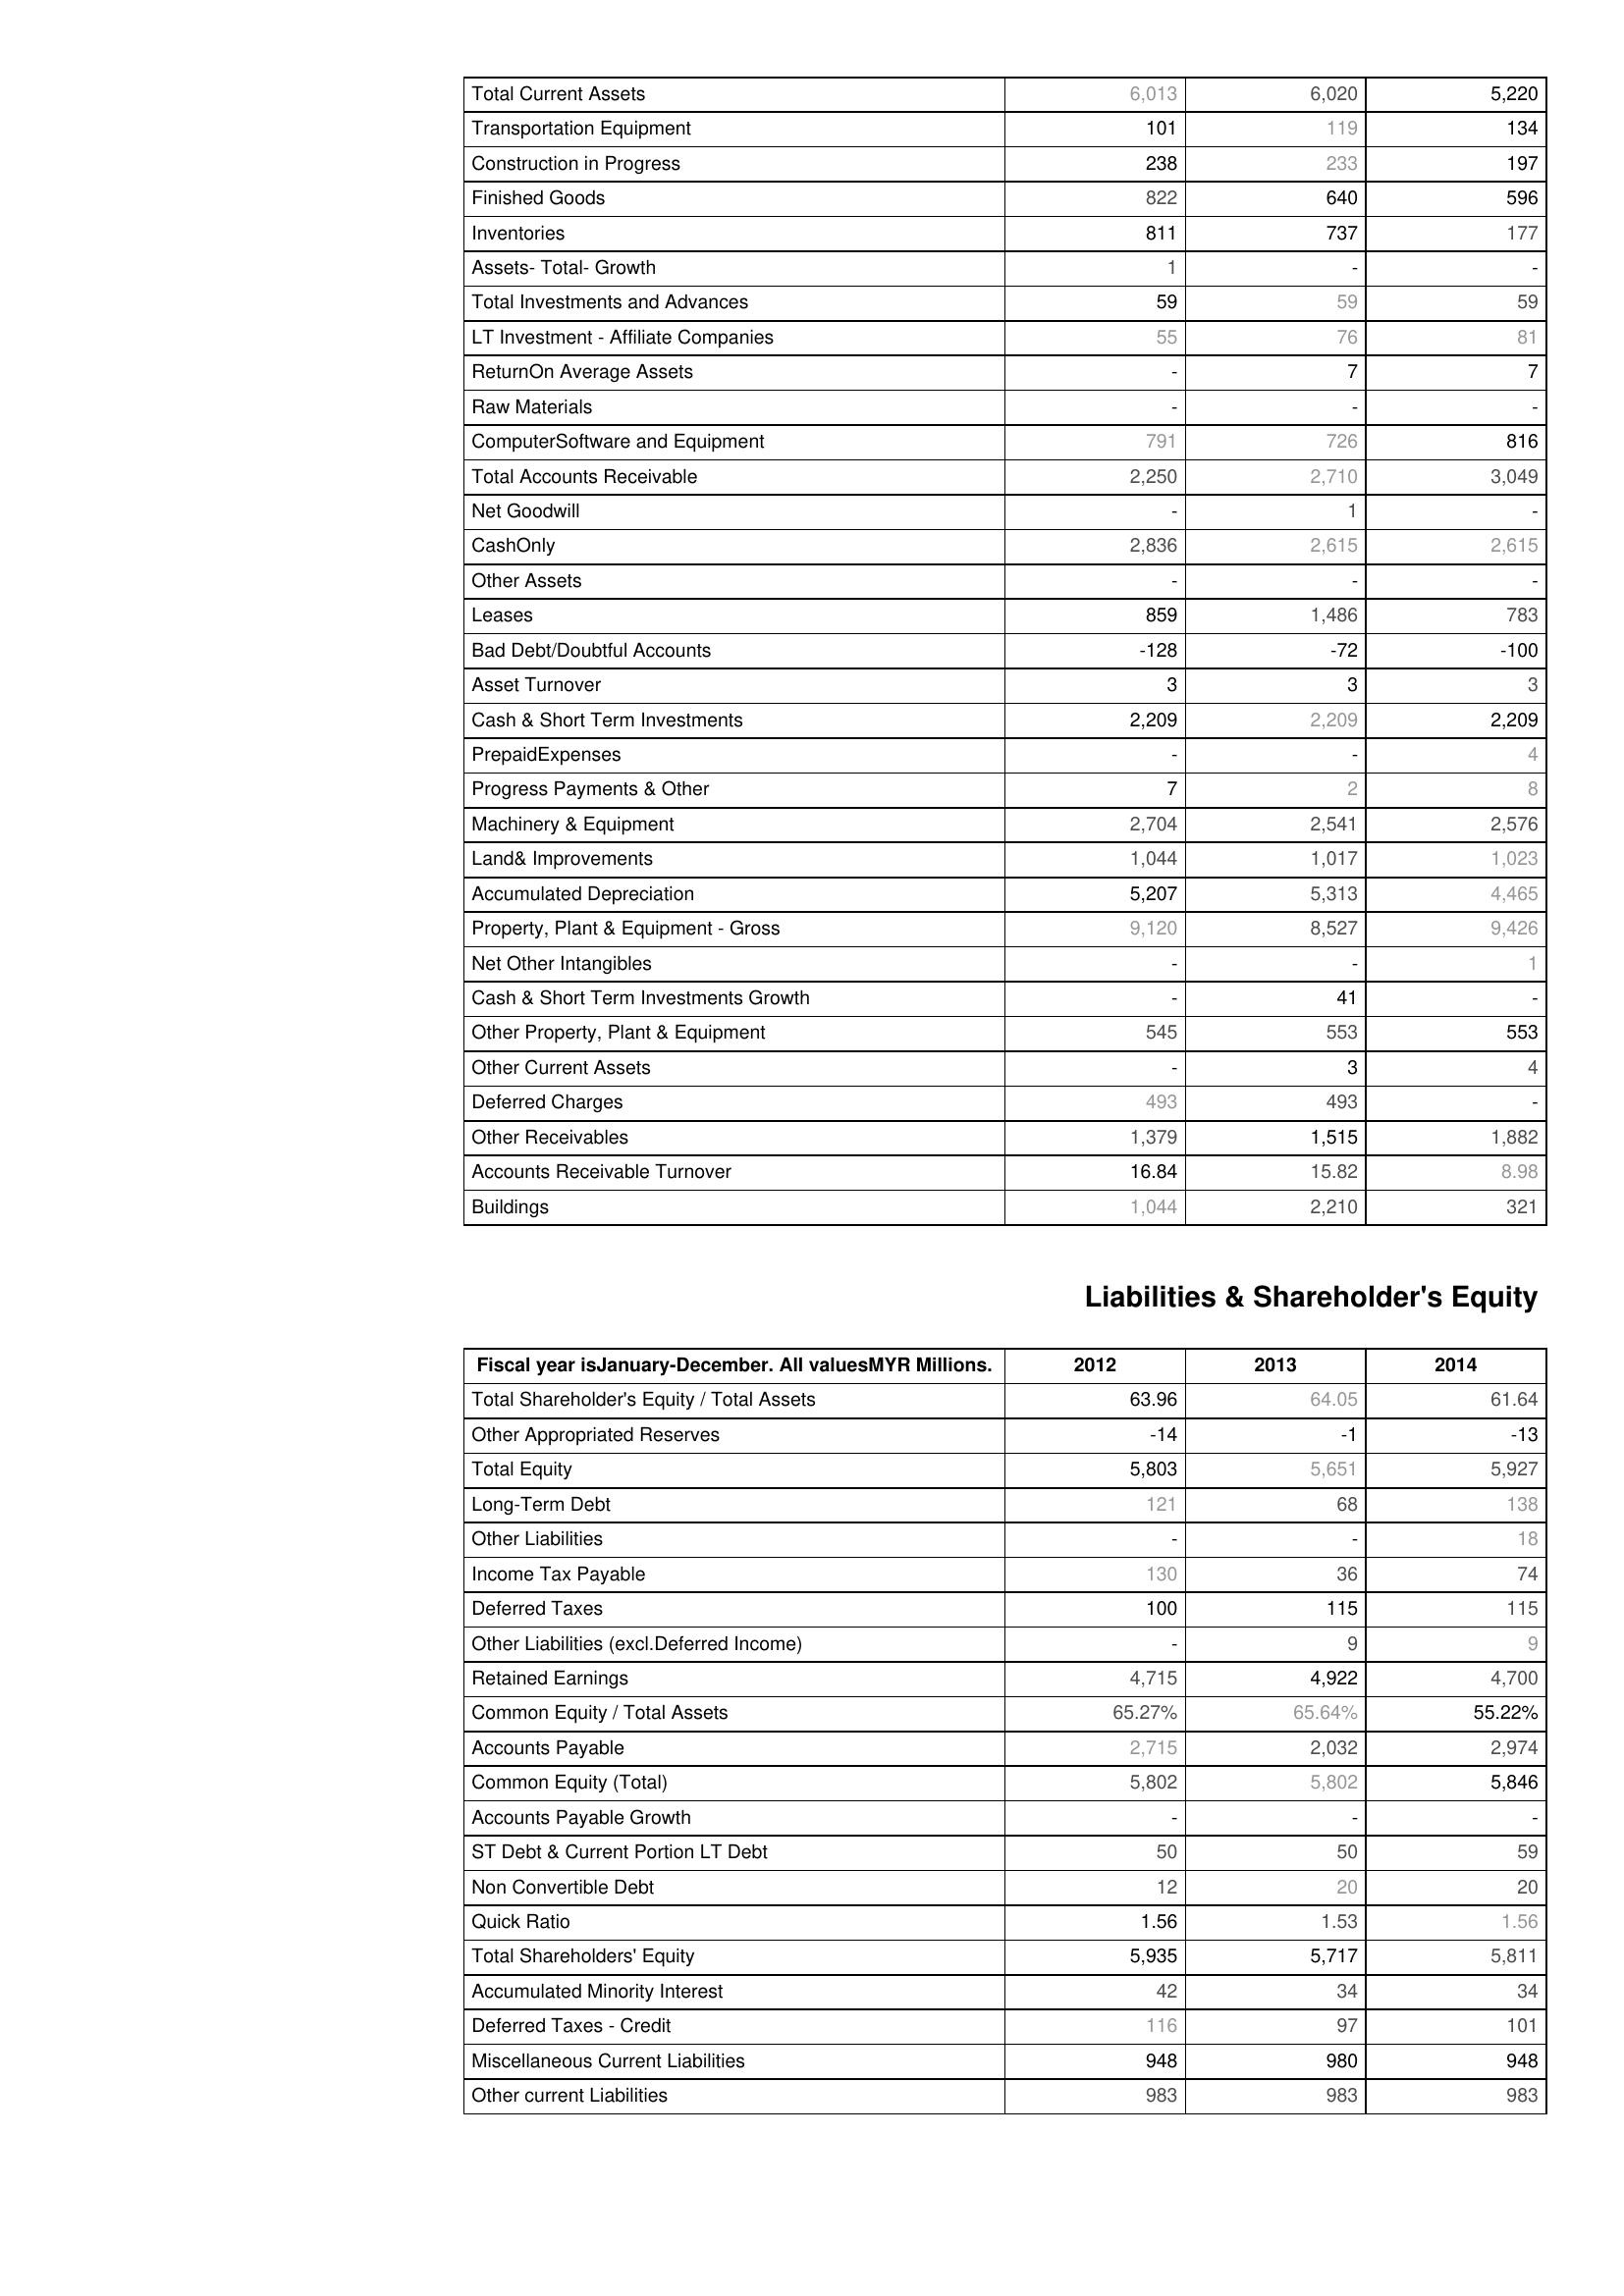
2012: Assets: Total Current Assets: 6,013
Transportation Equipment: 101
Construction in Progress: 238
Finished Goods: 822
Inventories: 811
Assets- Total- Growth: 1
Total Investments and Advances: 59
LT Investment - Affiliate Companies: 55
ReturnOn Average Assets: -
Raw Materials: -
ComputerSoftware and Equipment: 791
Total Accounts Receivable: 2,250
Net Goodwill: -
CashOnly: 2,836
Other Assets: -
Leases: 859
Bad Debt/Doubtful Accounts: -128
Asset Turnover: 3
Cash & Short Term Investments: 2,209
PrepaidExpenses: -
Progress Payments & Other: 7
Machinery & Equipment: 2,704
Land& Improvements: 1,044
Accumulated Depreciation: 5,207
Property, Plant & Equipment - Gross : 9,120
Net Other Intangibles: -
Cash & Short Term Investments Growth: -
Other Property, Plant & Equipment: 545
Other Current Assets: -
Deferred Charges: 493
Other Receivables: 1,379
Accounts Receivable Turnover: 16.84
Buildings: 1,044
Liabilities & Shareholder's Equity: Total Shareholder's Equity / Total Assets: 63.96
Other Appropriated Reserves: -14
Total Equity: 5,803
Long-Term Debt: 121
Other Liabilities: -
Income Tax Payable: 130
Deferred Taxes: 100
Other Liabilities (excl.Deferred Income): -
Retained Earnings: 4,715
Common Equity / Total Assets: 65.27%
Accounts Payable: 2,715
Common Equity (Total): 5,802
Accounts Payable Growth: -
ST Debt & Current Portion LT Debt: 50
Non Convertible Debt: 12
Quick Ratio: 1.56
Total Shareholders' Equity: 5,935
Accumulated Minority Interest: 42
Deferred Taxes - Credit: 116
Miscellaneous Current Liabilities: 948
Other current Liabilities: 983
2013: Assets: Total Current Assets: 6,020
Transportation Equipment: 119
Construction in Progress: 233
Finished Goods: 640
Inventories: 737
Assets- Total- Growth: -
Total Investments and Advances: 59
LT Investment - Affiliate Companies: 76
ReturnOn Average Assets: 7
Raw Materials: -
ComputerSoftware and Equipment: 726
Total Accounts Receivable: 2,710
Net Goodwill: 1
CashOnly: 2,615
Other Assets: -
Leases: 1,486
Bad Debt/Doubtful Accounts: -72
Asset Turnover: 3
Cash & Short Term Investments: 2,209
PrepaidExpenses: -
Progress Payments & Other: 2
Machinery & Equipment: 2,541
Land& Improvements: 1,017
Accumulated Depreciation: 5,313
Property, Plant & Equipment - Gross : 8,527
Net Other Intangibles: -
Cash & Short Term Investments Growth: 41
Other Property, Plant & Equipment: 553
Other Current Assets: 3
Deferred Charges: 493
Other Receivables: 1,515
Accounts Receivable Turnover: 15.82
Buildings: 2,210
Liabilities & Shareholder's Equity: Total Shareholder's Equity / Total Assets: 64.05
Other Appropriated Reserves: -1
Total Equity: 5,651
Long-Term Debt: 68
Other Liabilities: -
Income Tax Payable: 36
Deferred Taxes: 115
Other Liabilities (excl.Deferred Income): 9
Retained Earnings: 4,922
Common Equity / Total Assets: 65.64%
Accounts Payable: 2,032
Common Equity (Total): 5,802
Accounts Payable Growth: -
ST Debt & Current Portion LT Debt: 50
Non Convertible Debt: 20
Quick Ratio: 1.53
Total Shareholders' Equity: 5,717
Accumulated Minority Interest: 34
Deferred Taxes - Credit: 97
Miscellaneous Current Liabilities: 980
Other current Liabilities: 983
2014: Assets: Total Current Assets: 5,220
Transportation Equipment: 134
Construction in Progress: 197
Finished Goods: 596
Inventories: 177
Assets- Total- Growth: -
Total Investments and Advances: 59
LT Investment - Affiliate Companies: 81
ReturnOn Average Assets: 7
Raw Materials: -
ComputerSoftware and Equipment: 816
Total Accounts Receivable: 3,049
Net Goodwill: -
CashOnly: 2,615
Other Assets: -
Leases: 783
Bad Debt/Doubtful Accounts: -100
Asset Turnover: 3
Cash & Short Term Investments: 2,209
PrepaidExpenses: 4
Progress Payments & Other: 8
Machinery & Equipment: 2,576
Land& Improvements: 1,023
Accumulated Depreciation: 4,465
Property, Plant & Equipment - Gross : 9,426
Net Other Intangibles: 1
Cash & Short Term Investments Growth: -
Other Property, Plant & Equipment: 553
Other Current Assets: 4
Deferred Charges: -
Other Receivables: 1,882
Accounts Receivable Turnover: 8.98
Buildings: 321
Liabilities & Shareholder's Equity: Total Shareholder's Equity / Total Assets: 61.64
Other Appropriated Reserves: -13
Total Equity: 5,927
Long-Term Debt: 138
Other Liabilities: 18
Income Tax Payable: 74
Deferred Taxes: 115
Other Liabilities (excl.Deferred Income): 9
Retained Earnings: 4,700
Common Equity / Total Assets: 55.22%
Accounts Payable: 2,974
Common Equity (Total): 5,846
Accounts Payable Growth: -
ST Debt & Current Portion LT Debt: 59
Non Convertible Debt: 20
Quick Ratio: 1.56
Total Shareholders' Equity: 5,811
Accumulated Minority Interest: 34
Deferred Taxes - Credit: 101
Miscellaneous Current Liabilities: 948
Other current Liabilities: 983